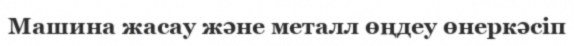
Машина жасау және металл өңдеу өнеркәсіп